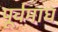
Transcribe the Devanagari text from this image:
पूर्वमाघ